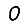
Digit: 0